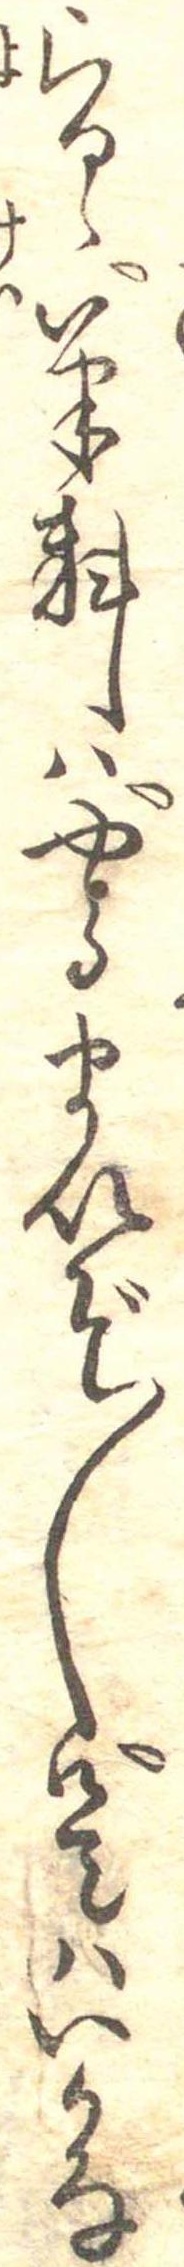
らるゝ筆料はやるまいぞ〱是はいかな